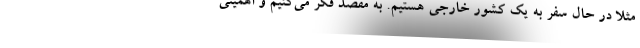
مثلا در حال سفر به یک کشور خارجی هستیم. به مقصد فکر می‌کنیم و اهمیتی